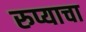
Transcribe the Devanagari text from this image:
रुप्याचा